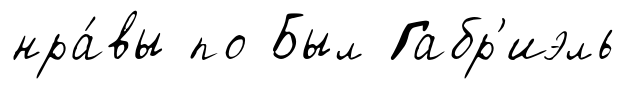
нра́вы по Был Габр'иэль